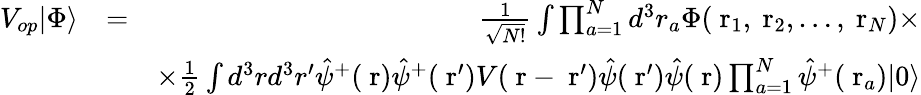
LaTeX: \begin{array}{rlr}{V_{op}|\Phi\rangle}&{=}&{\frac{1}{\sqrt{N!}}\int\prod_{a=1}^{N}d^{3}r_{a}\Phi(\mathrm{\mathbf~r}_{1},\mathrm{\mathbf~r}_{2},\dots,\mathrm{\mathbf~r}_{N})\times}\\ &{}&{\times\frac{1}{2}\int d^{3}rd^{3}r^{\prime}\hat{\psi}^{+}(\mathrm{\mathbf~r})\hat{\psi}^{+}(\mathrm{\mathbf~r}^{\prime})V(\mathrm{\mathbf~r}-\mathrm{\mathbf~r}^{\prime})\hat{\psi}(\mathrm{\mathbf~r}^{\prime})\hat{\psi}(\mathrm{\mathbf~r})\prod_{a=1}^{N}\hat{\psi}^{+}(\mathrm{\mathbf~r}_{a})|0\rangle}\end{array}